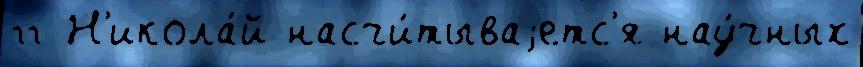
гг Н'икола́й насчи́тываjетс'я нау́чных